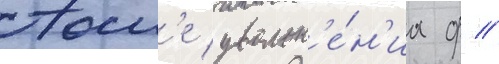
Посл'е увольн'е́н'иа ф //